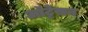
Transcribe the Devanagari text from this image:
ऑट्टेसन